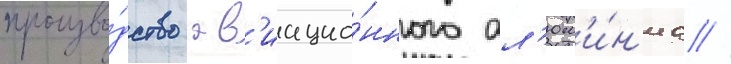
произво́дство ав'иацио́нного ал'юм'и́н'иа //